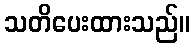
သတိပေးထားသည်။